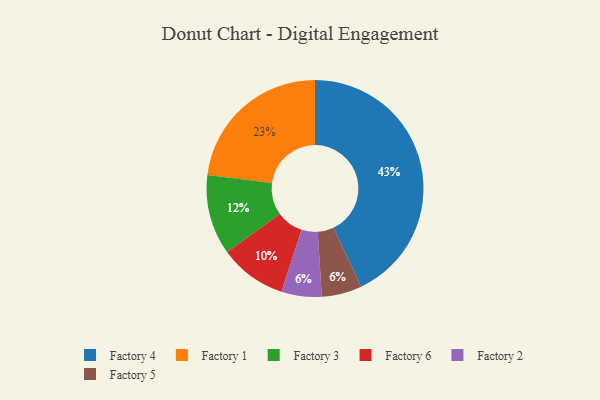
{"axis": {"x": "Category", "y": "Percentage"}, "legend": ["Factory 1", "Factory 2", "Factory 3", "Factory 4", "Factory 5", "Factory 6"], "data": [{"x": "Factory 1", "y": 23, "type": "Factory 1"}, {"x": "Factory 4", "y": 43, "type": "Factory 4"}, {"x": "Factory 6", "y": 10, "type": "Factory 6"}, {"x": "Factory 3", "y": 12, "type": "Factory 3"}, {"x": "Factory 2", "y": 6, "type": "Factory 2"}, {"x": "Factory 5", "y": 6, "type": "Factory 5"}]}